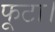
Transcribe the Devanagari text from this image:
फूटा।